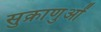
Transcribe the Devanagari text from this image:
सुक्राणुओं